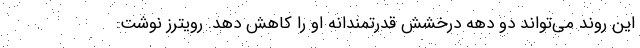
این روند می‌تواند دو دهه درخشش قدرتمندانه او را کاهش دهد. رویترز نوشت: